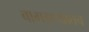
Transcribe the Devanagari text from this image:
बागडण्यातच